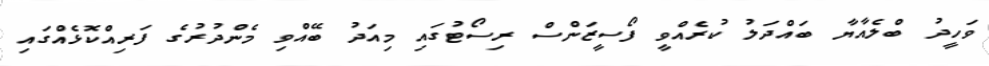
ވަހީދު ބްލެއާޔާ ބައްދަލު ކުރެއްވީ ފޯސީޒަންސް ރިސޯޓުގައި މިއަދު ބޭއްވި މެންދުރުގެ ފަރިއްކޮޅެއްގައި